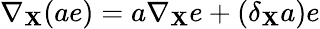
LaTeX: \nabla_{\mathbf{X}}(ae)=a\nabla_{\mathbf{X}}e+(\delta_{\mathbf{X}}a)e